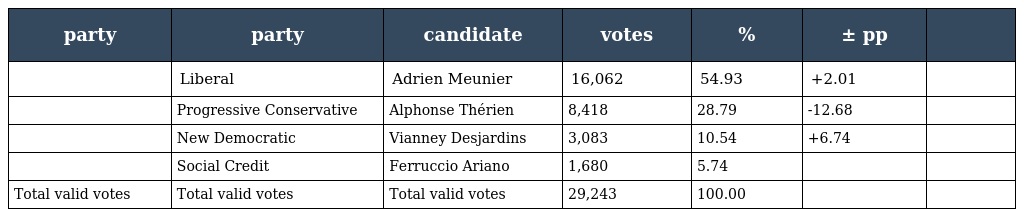
| party | party | candidate | votes | % | ± pp |  |
 | --- | --- | --- | --- | --- | --- | --- |
 |  | Liberal | Adrien Meunier | 16,062 | 54.93 | +2.01 |  |
 |  | Progressive Conservative | Alphonse Thérien | 8,418 | 28.79 | -12.68 |  |
 |  | New Democratic | Vianney Desjardins | 3,083 | 10.54 | +6.74 |  |
 |  | Social Credit | Ferruccio Ariano | 1,680 | 5.74 |  |  |
 | Total valid votes | Total valid votes | Total valid votes | 29,243 | 100.00 |  |  |